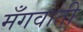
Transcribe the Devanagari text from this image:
मँगवाती